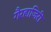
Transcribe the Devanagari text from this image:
गैरहाजिरी